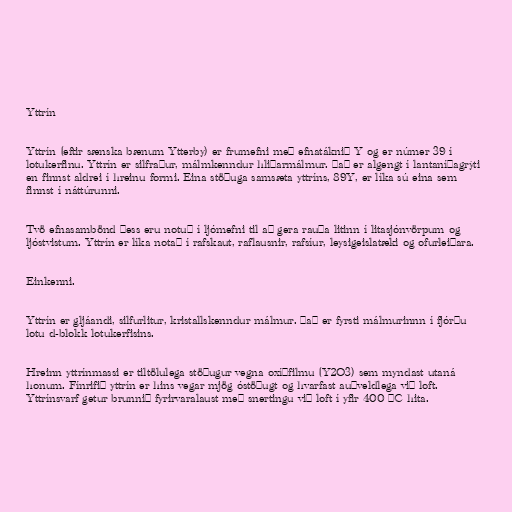
Yttrín

Yttrín (eftir sænska bænum Ytterby) er frumefni með efnatáknið Y og er númer 39 í
lotukerfinu. Yttrín er silfraður, málmkenndur hliðarmálmur. Það er algengt í lantaníðagrýti
en finnst aldrei í hreinu formi. Eina stöðuga samsæta yttríns, 89Y, er líka sú eina sem
finnst í náttúrunni.

Tvö efnasambönd þess eru notuð í ljómefni til að gera rauða litinn í litasjónvörpum og
ljóstvistum. Yttrín er líka notað í rafskaut, raflausnir, rafsíur, leysigeislatæki og ofurleiðara.

Einkenni.

Yttrín er gljáandi, silfurlitur, kristallskenndur málmur. Það er fyrsti málmurinnn í fjórðu
lotu d-blokk lotukerfisins.

Hreinn yttrínmassi er tiltölulega stöðugur vegna oxíðfilmu (Y2O3) sem myndast utaná
honum. Fínrifið yttrín er hins vegar mjög óstöðugt og hvarfast auðveldlega við loft.
Yttrínsvarf getur brunnið fyrirvaralaust með snertingu við loft í yfir 400 °C hita.